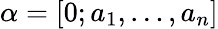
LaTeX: \alpha=[0;a_{1},\ldots,a_{n}]